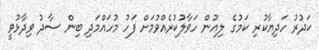
ކަދުރު ހަދިޔާކުރި ކަމުގެ ލިއުން ހަވާލުކުރެއްވުމަށް ފަހު މުހައްމަދި ބިން ސާދު ވިދާޅުވީ